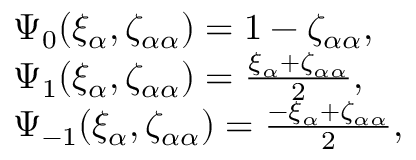
\begin{array} { r l } & { \Psi _ { 0 } ( \xi _ { \alpha } , \zeta _ { \alpha \alpha } ) = 1 - \zeta _ { \alpha \alpha } , } \\ & { \Psi _ { 1 } ( \xi _ { \alpha } , \zeta _ { \alpha \alpha } ) = \frac { \xi _ { \alpha } + \zeta _ { \alpha \alpha } } { 2 } , } \\ & { \Psi _ { - 1 } ( \xi _ { \alpha } , \zeta _ { \alpha \alpha } ) = \frac { - \xi _ { \alpha } + \zeta _ { \alpha \alpha } } { 2 } , } \end{array}